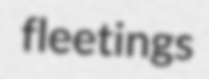
fleetings